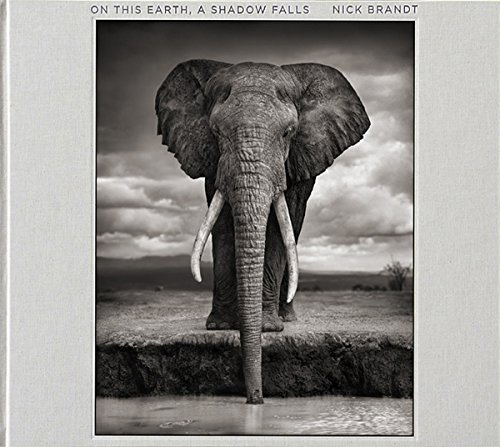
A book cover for Nick Brandt: On This Earth, A Shadow Falls; Arts & Photography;